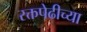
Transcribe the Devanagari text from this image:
रक्तपेढीच्या